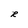
Character: R